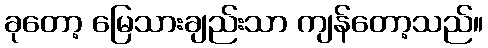
ခုတော့ မြေသားချည်းသာ ကျန်တော့သည်။